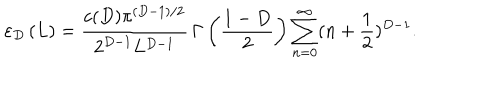
\varepsilon _ { D } \left( L \right) = \frac { c ( D ) \pi ^ { ( D - 1 ) / 2 } } { 2 ^ { D - 1 } L ^ { D - 1 } } \, \Gamma \left( \frac { 1 - D } { 2 } \right) \sum _ { n = 0 } ^ { \infty } ( n + \frac 1 { 2 } ) ^ { D - 1 } .